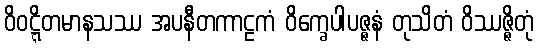
ဝိဝဋ္ဋိတမာနသဿ အပနီတကာဠကံ ဝိက္ခေပါပဇ္ဇနံ တုသိတံ ဝိဿဇ္ဇိတုံ